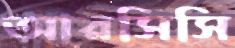
আরসিসি